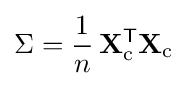
\Sigma ={\frac {1}{n}}\,\mathbf {X} _{\text{c}}^{\mathsf {T}}\mathbf {X} _{\text{c}}